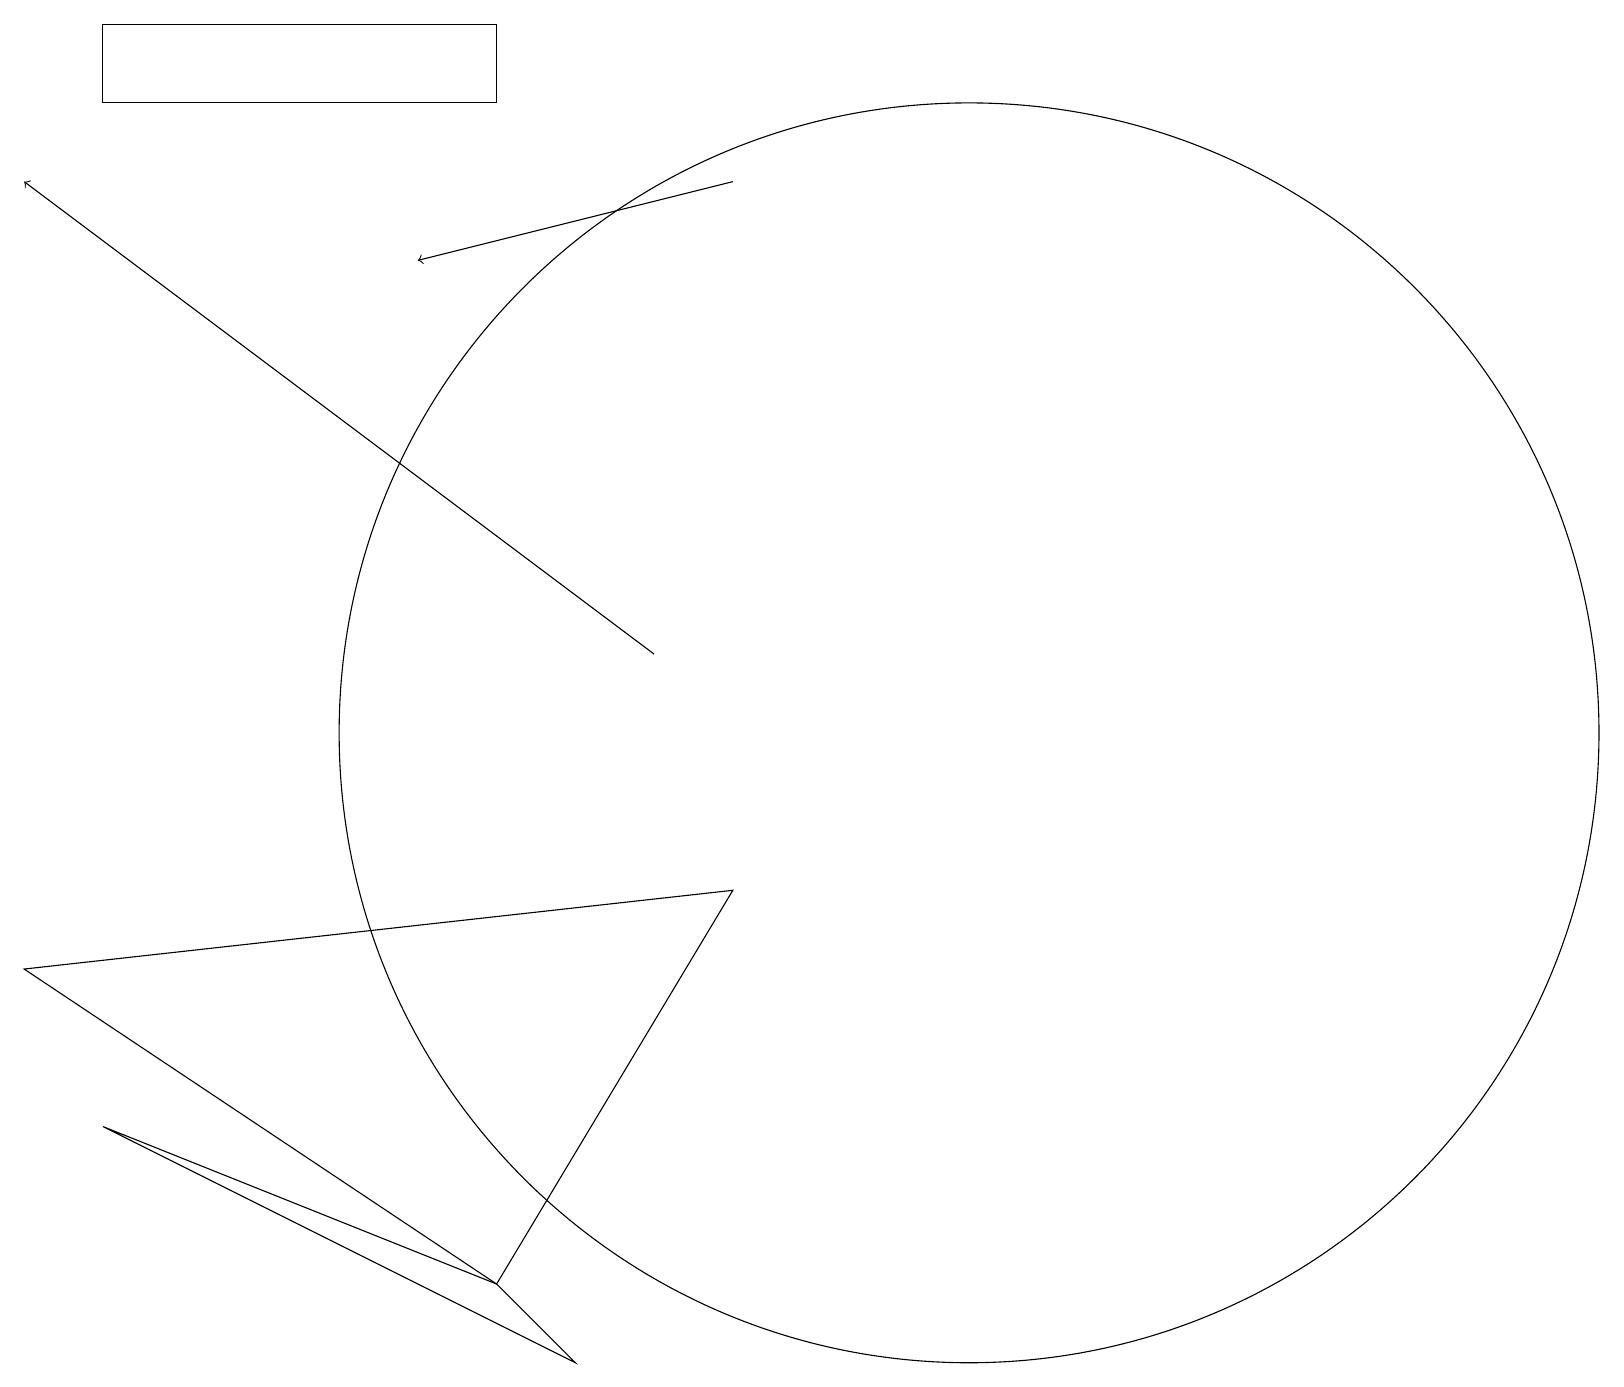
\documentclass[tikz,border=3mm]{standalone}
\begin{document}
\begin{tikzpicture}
\draw[->] (9,17) -- (5,16);
\draw (1,19) rectangle (6,18);
\draw (6,3) -- (1,5) -- (7,2) -- cycle;
\draw (12,10) circle (8);
\draw (9,8) -- (6,3) -- (0,7) -- cycle;
\draw[->] (8,11) -- (0,17);
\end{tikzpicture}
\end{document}